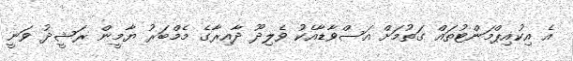
އެ އިކުއިޕްމަންޓުތައް ގަތުމަށް އަސްވާޑާއެކު ވެލިދޫ ދާއިރާގެ މެމްބަރު ޔާމީން ރަޝީދު ވަނީ